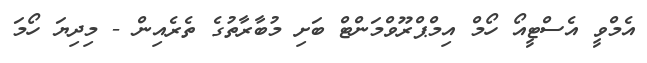
އެމްވީ އެސްޓީއޯ ހޯމް އިމްޕްރޫވްމަންޓް ބަށި މުބާރާތުގެ ތެރެއިން - މިދިޔަ ހޯމަ